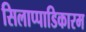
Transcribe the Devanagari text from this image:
सिलाप्पाडिकारम